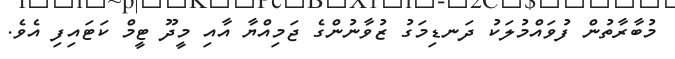
މުބާރާތުން ފުވައްމުލަކު ދަނޑިމަގު ޒުވާނުންގެ ޖަމިއްޔާ އާއި މީދޫ ޓީމް ކަޓައިފި އެވެ.